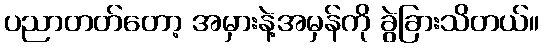
ပညာတတ်တော့ အမှားနဲ့အမှန်ကို ခွဲခြားသိတယ်။